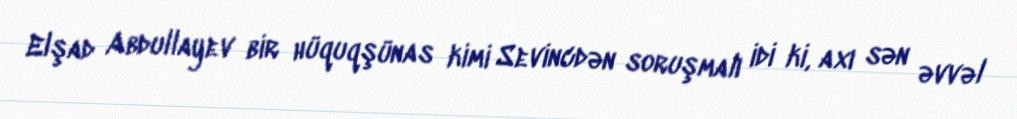
Elşad Abdullayev bir hüquqşünas kimi Sevincdən soruşmalı idi ki, axı sən əvvəl